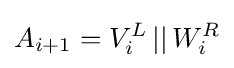
A_{i+1}=V_{i}^{L}\,||\,W_{i}^{R}